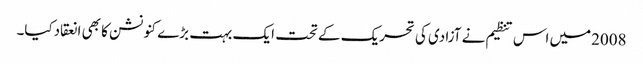
2008میں اس تنظیم نے آزادی کی تحریک کے تحت ایک بہت بڑے کنونشن کا بھی انعقادکیا۔